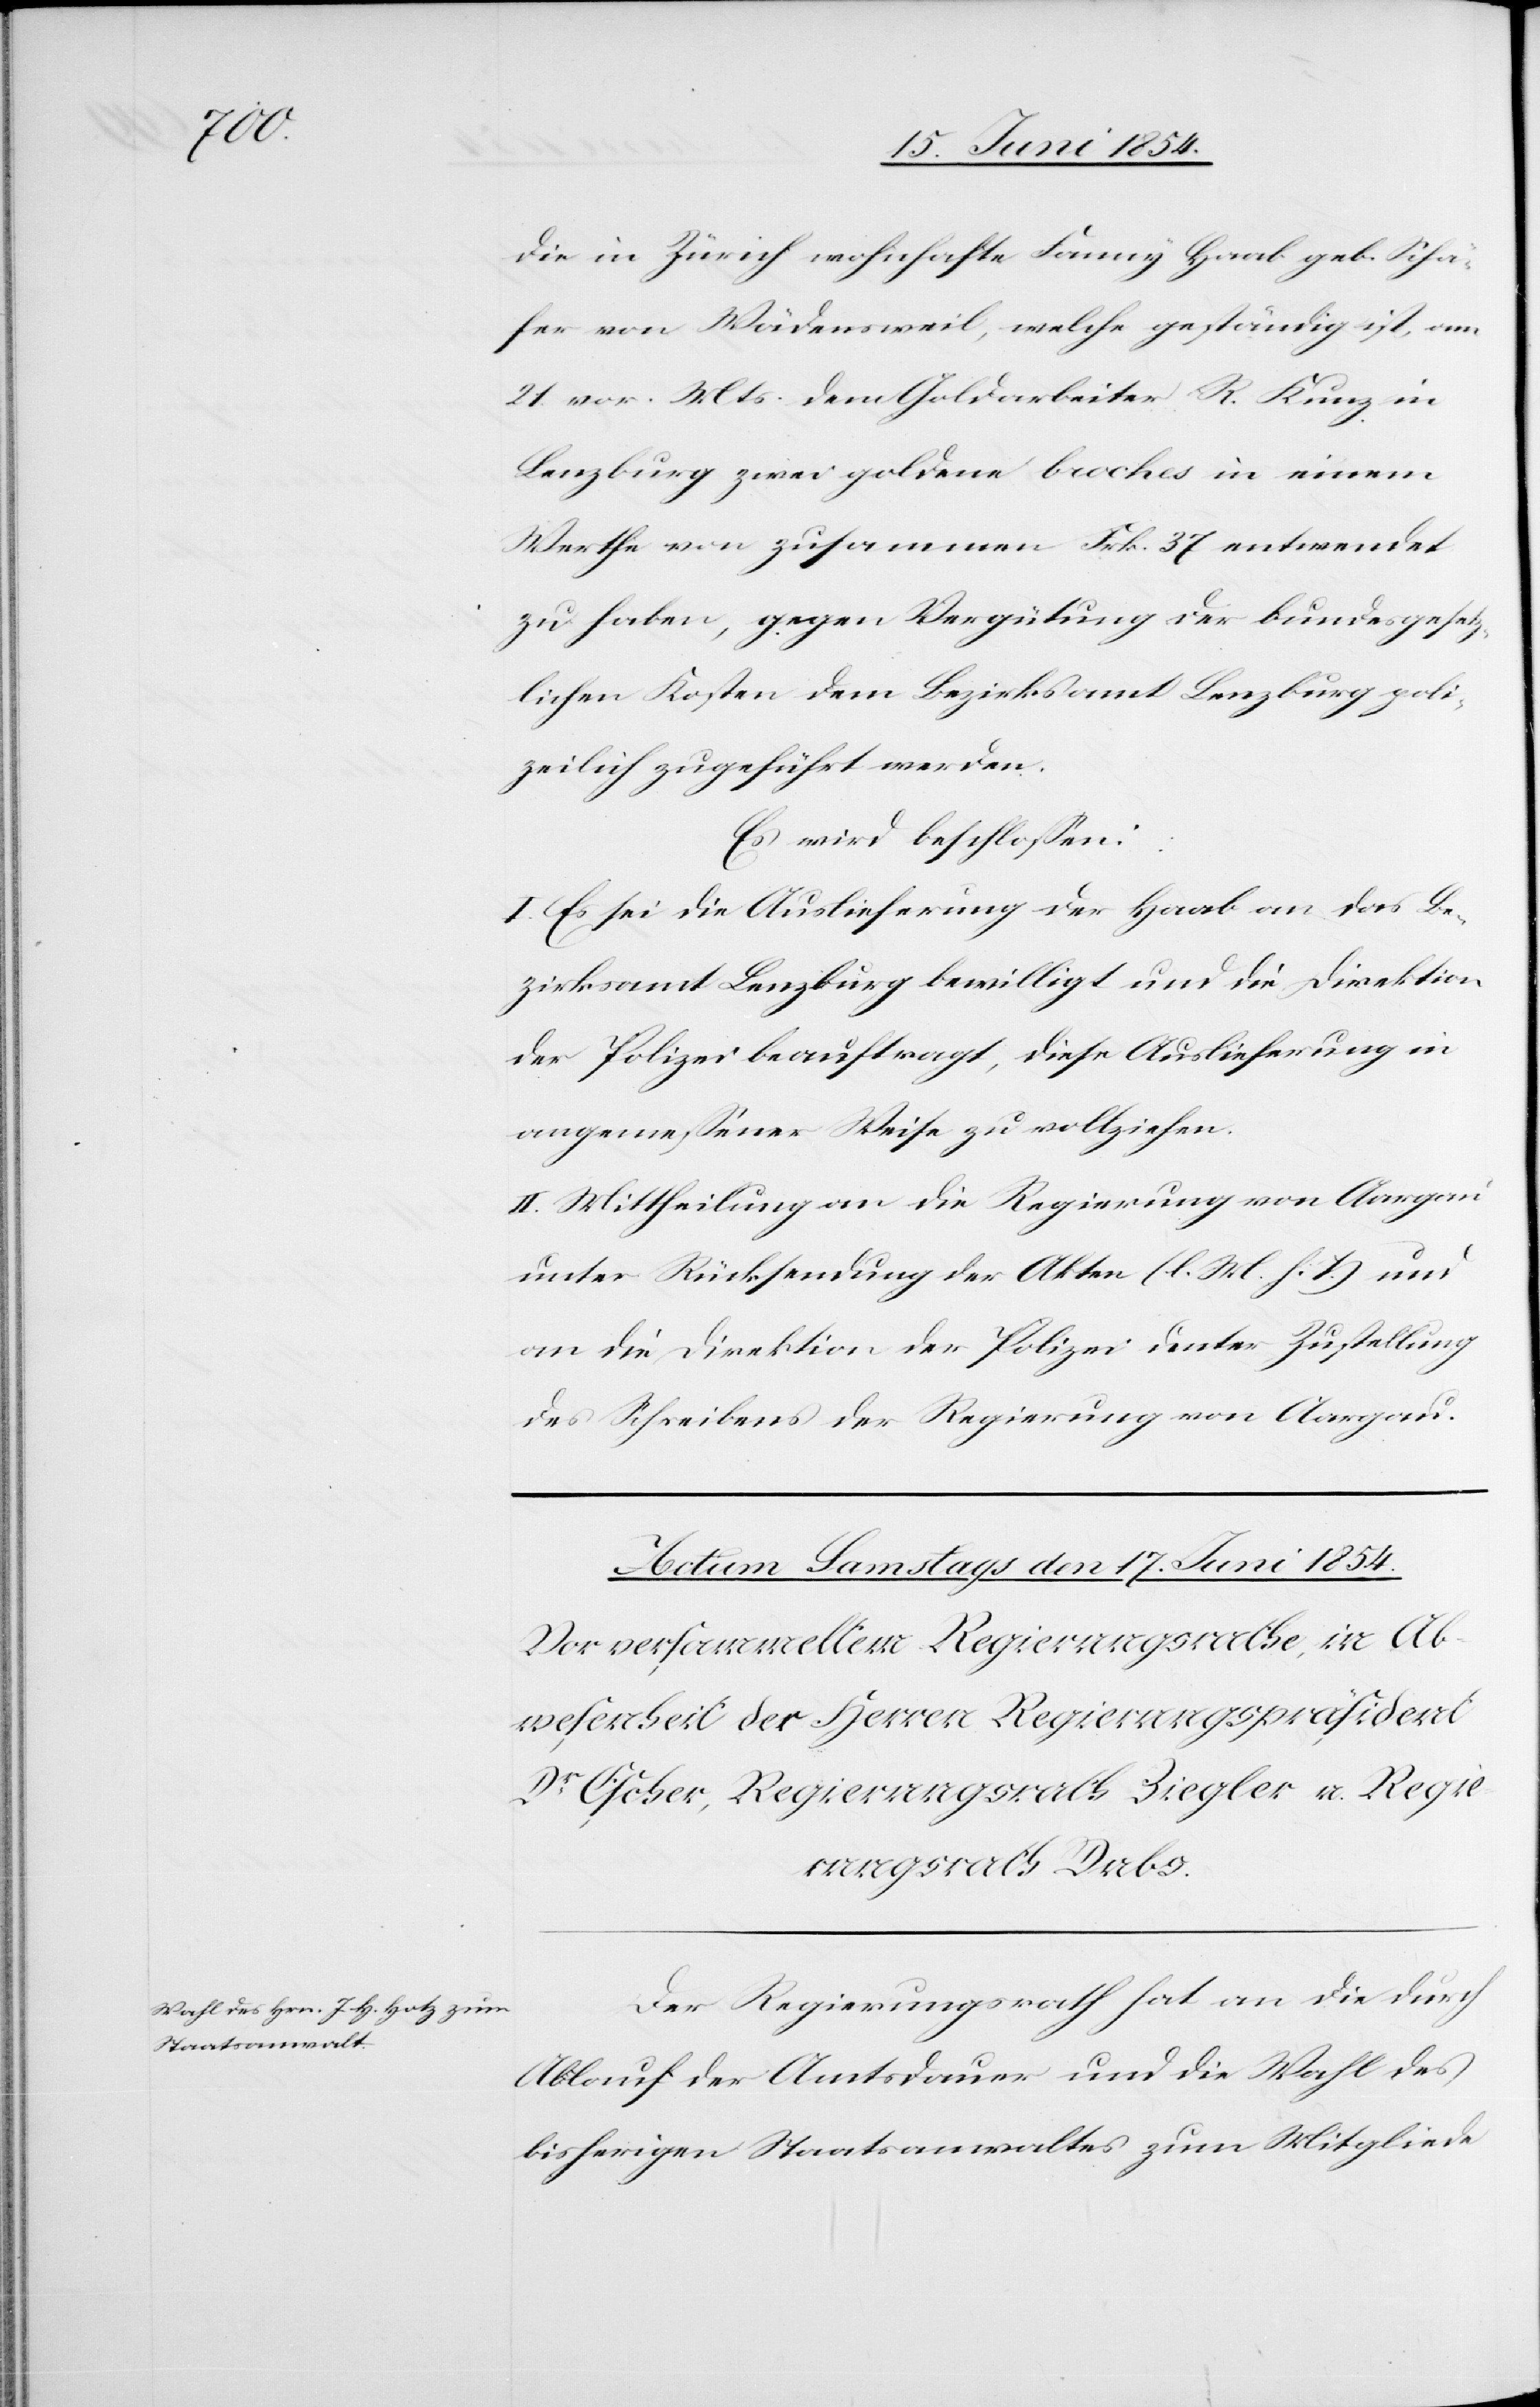
die in Zürich wohnhafte Fanny Haab geb. Schä¬
fer von Wädensweil, welche geständig ist, am
21. vor. Mts. dem Goldarbeiter R. Kunz in
Lenzburg zwei goldene broches in einem
Werthe von zusammen Frk. 37 entwendet
zu haben, gegen Vergütung der bundesgesetz¬
lichen Kosten dem Bezirksamt Lenzburg poli¬
zeilich zugeführt werden.
Es wird beschloßen:
I. Es sei die Auslieferung der Haab an das Be¬
zirksamt Lenzburg bewilligt und die Direktion
der Polizei beauftragt, diese Auslieferung in
angemeßener Weise zu vollziehen.
II. Mittheilung an die Regierung von Aargau
unter Rücksendung der Akten (l. M. h. T.) und
an die Direktion der Polizei unter Zustellung
des Schreibens der Regierung von Aargau.
Der Regierungsrath hat an die durch
Ablauf der Amtsdauer und die Wahl des
bisherigen Staatsanwaltes zum Mitgliede